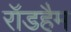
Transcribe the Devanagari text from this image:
रॉडहैम